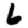
Digit: 6